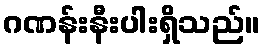
ဂဏန်းနီးပါးရှိသည်။